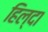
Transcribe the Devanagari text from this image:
हिल्दा